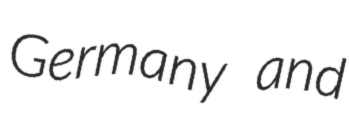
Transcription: Germany and